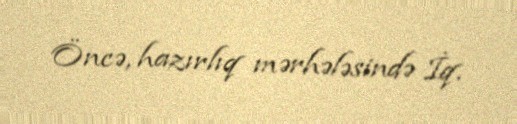
Öncə, hazırlıq mərhələsində İq.